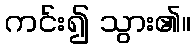
ကင်း၍ သွား၏။